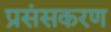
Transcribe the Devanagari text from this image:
प्रसंसकरण